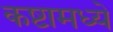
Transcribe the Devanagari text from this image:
कष्टामध्ये